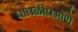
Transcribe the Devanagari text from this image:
पातळीप्रमाणे